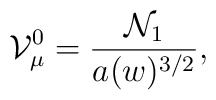
{\cal V}_{\mu}^{0} = \frac{{\cal N}_{1} }{ a(w)^{3/2}},